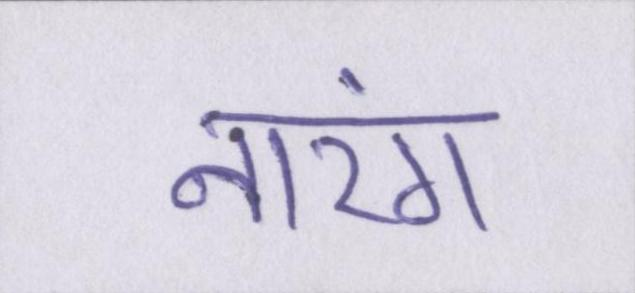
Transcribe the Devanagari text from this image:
नारंग